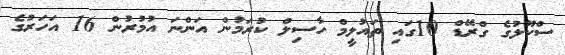
ސްކޫލުގެ ގްރޭޑް 10ގައި ތައުލީމް ހާސިލް ކުރަމުން އަންނަ އުމުރުން 16 އަހަރުގެ